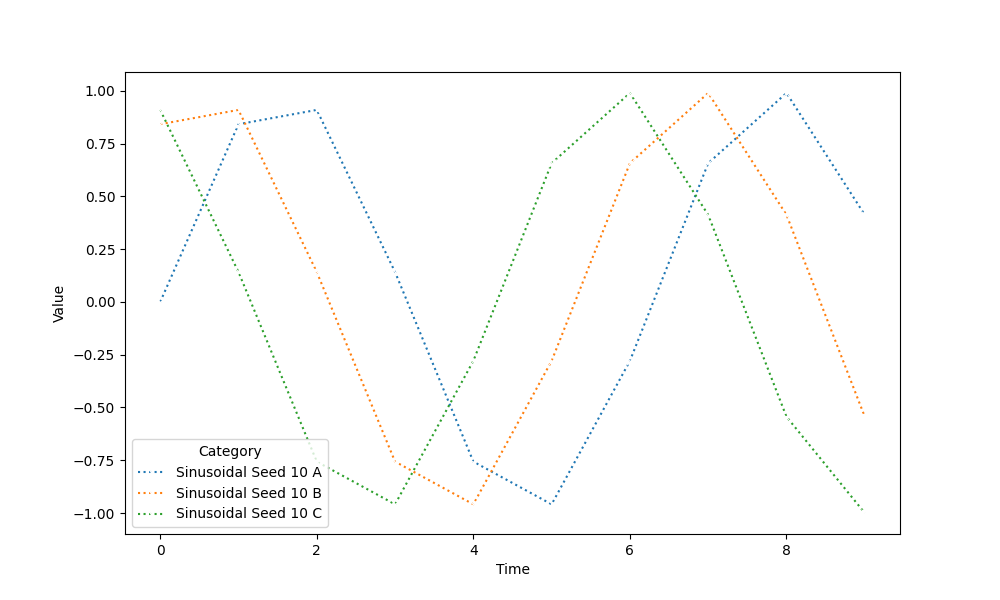
python, seaborn, lineplot, style='dotted', marker='x'